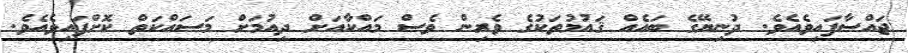
ޖައްސާފައިވެއެވެ. ދުނިޔޭގެ ބައެއް ޤައުމުތަކުގެ ވެރިން ވެސް މައްކާއަށް ދިއުމަށް މަސައްކަތް ކޮށްފައިވެއެވެ.